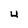
Character: 4